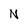
Character: N